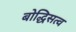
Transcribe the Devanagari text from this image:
बोद्धिसत्व